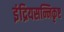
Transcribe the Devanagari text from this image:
इंद्रियसन्निकृष्ट